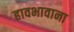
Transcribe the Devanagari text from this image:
हावभावाना